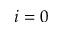
i = 0